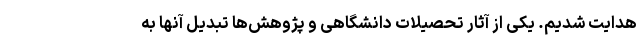
هدایت شدیم. یکی از آثار تحصیلات دانشگاهی و پژوهش‌ها تبدیل آنها به